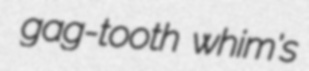
gag-tooth whim's